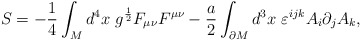
\begin{align*}S=-\frac 14 \int_M d^4x\ g^{\frac 12} F_{\mu\nu}F^{\mu\nu} -\frac a2 \int_{\partial M} d^3x \ \varepsilon^{ijk} A_i \partial_j A_k ,\end{align*}